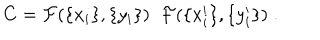
C = { \cal F } ( \{ x _ { i } \} , \{ y _ { i } \} ) \; \; { \cal F } ( \{ x _ { i } ^ { \prime } \} , \{ y _ { i } ^ { \prime } \} ) \; .